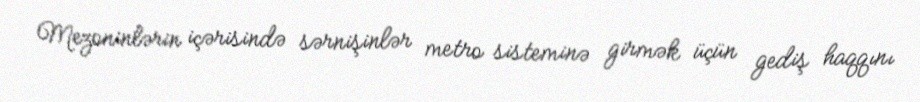
Mezoninlərin içərisində sərnişinlər metro sisteminə girmək üçün gediş haqqını